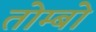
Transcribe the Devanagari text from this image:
तोम्बो